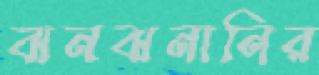
ঝনঝনানির